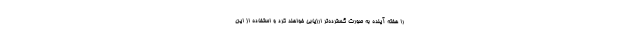
را هفته آینده به صورت گسترده‌تر ارزیابی خواهند کرد و استفاده از این